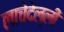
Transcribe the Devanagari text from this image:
लाचेदेल्ली